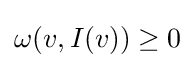
\omega (v,I(v))\geq 0